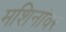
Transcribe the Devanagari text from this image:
मशिनांवर